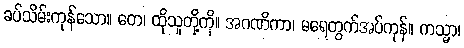
ခပ်သိမ်းကုန်သော။ တေ၊ ထိုသူတို့ကို။ အဂဏိကာ၊ မရေတွက်အပ်ကုန်။ ကသ္မာ၊